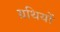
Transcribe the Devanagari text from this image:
ग्रथियों